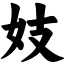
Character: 妓